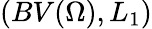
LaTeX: (BV(\Omega),L_{1})